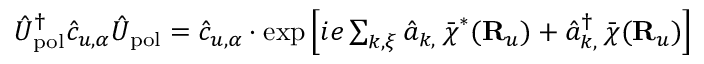
\begin{array} { r } { \hat { U } _ { \mathrm { p o l } } ^ { \dagger } \hat { c } _ { u , \alpha } \hat { U } _ { \mathrm { p o l } } = \hat { c } _ { u , \alpha } \cdot \exp \Big [ { i e \sum _ { { \boldsymbol k } , { \boldsymbol \xi } } \hat { a } _ { { \boldsymbol k } , { \bf \xi } } \bar { \boldsymbol \chi } ^ { * } ( { \bf R } _ { u } ) + \hat { a } _ { { \boldsymbol k } , { \bf \xi } } ^ { \dagger } \bar { \boldsymbol \chi } ( { \bf R } _ { u } ) } \Big ] } \end{array}